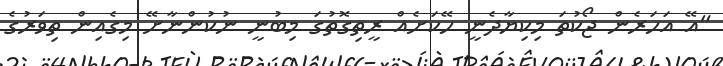
"އޭ އަހަރެން ޖޯކުތަ މިކިޔާދެނީ ހޭކަށެއް ރީތިގޮތުގަ މިބުނީ ނުކުންނާށޭ މިގެއިން ތިވަރުގެ